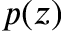
p ( z )